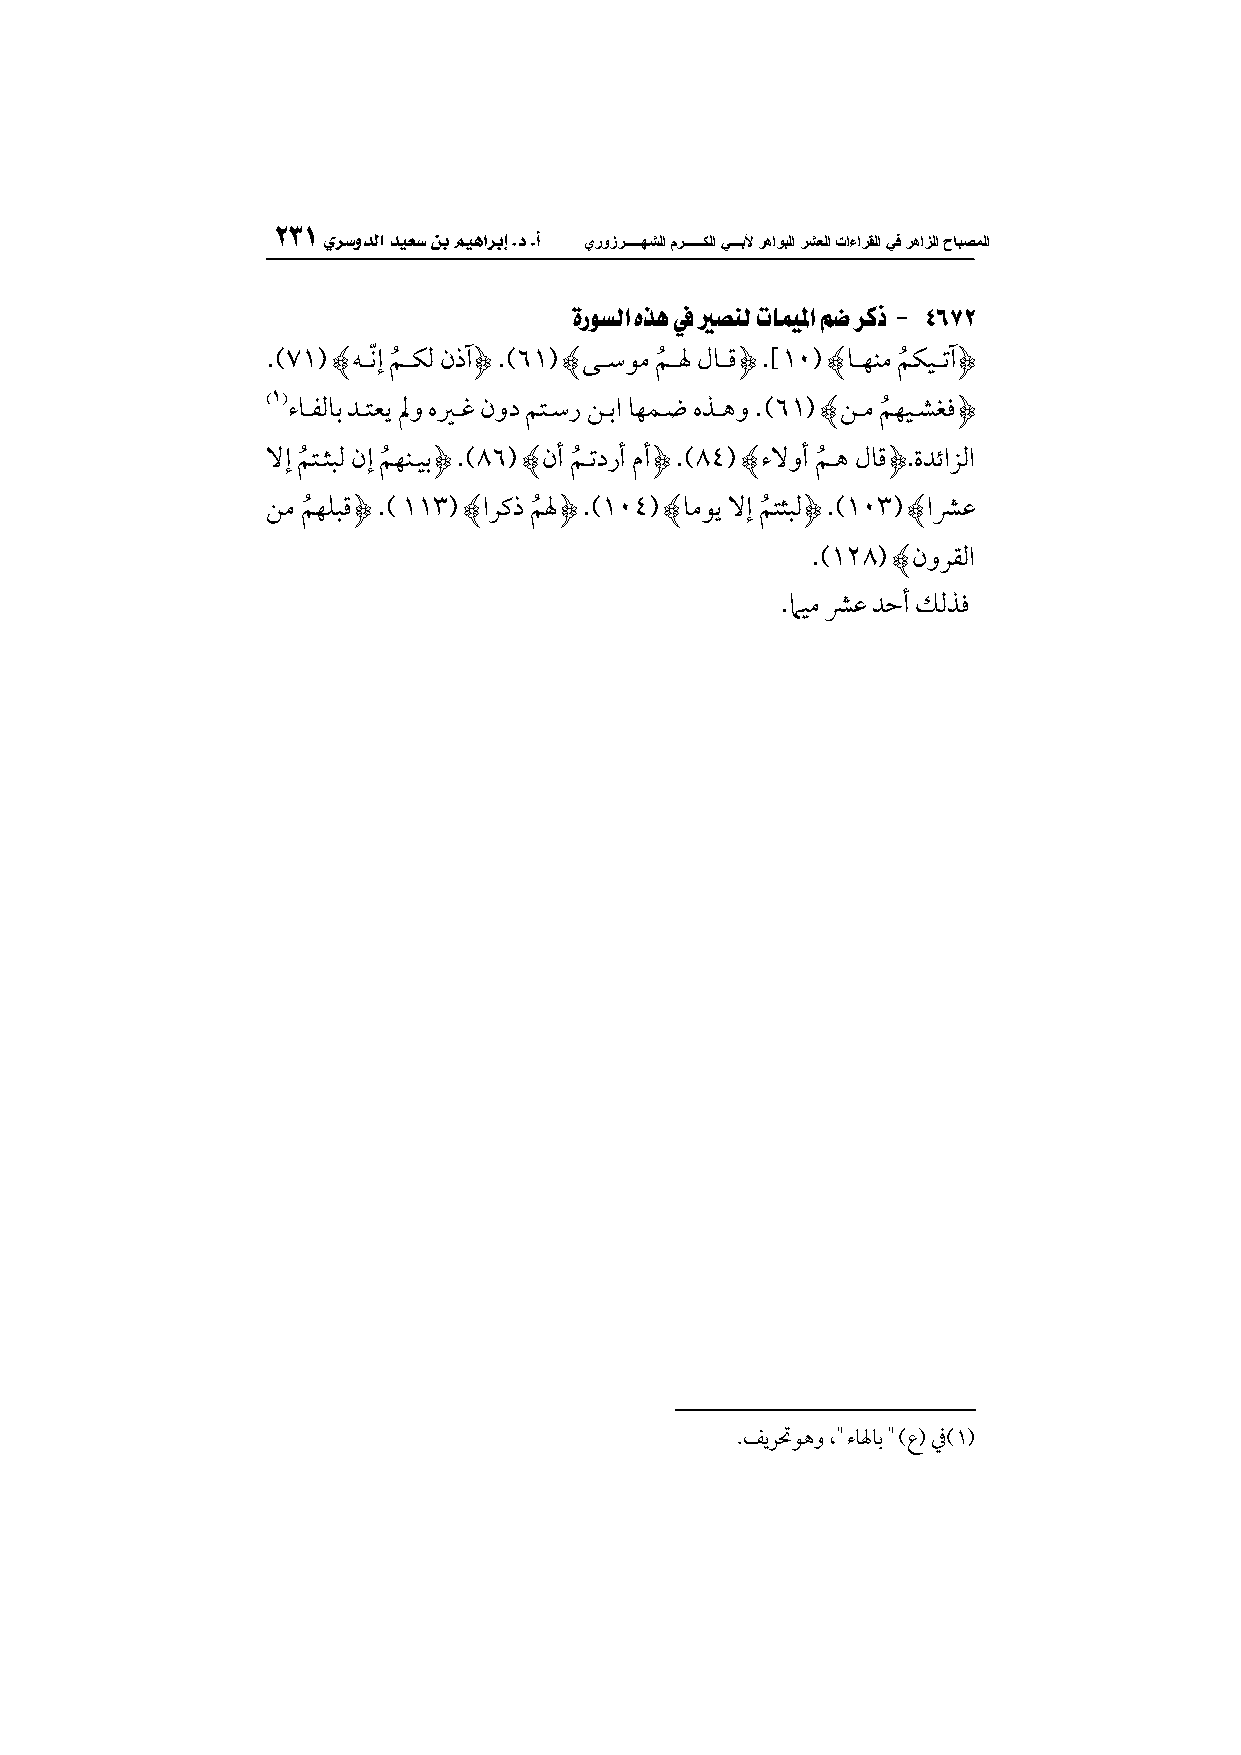
يروزرـــــهشلامرــــــكلا يـــبلأ رهاىبلا رشعلا تاءارقلا يف رهاسلا حابصملا
 ةزىشلا هره في يرصهل تامًلما مض سكذ - 4672
 .)95( ﮊفااكّإ ؿُ ااؽف نذآﮋ .)75( ﮊكااشقم ؿُ االه لوااؿﮋ .]55( ﮊواافـم ؿُ ؽقاا آﮋ
 توااػفوب دااتعي لمو هرااؽ نود ؿتااشر ـاابا وفؿااو هذااهو .)75( ﮊـاام ؿُ فقااهغؾﮋ
 ٓإ ؿُ تاثٌف نإ ؿُ فـاقبﮋ .)67( ﮊنجم ؿُ ا درجم مجمﮋ .)60( ﮊتٓوجم ؿُ اه لوؿﮋ.ةدئازفا
 ـم ؿُ فؾٌؿﮋ .) 555( ﮊارـذ ؿُ لهﮋ .)550( ﮊومقي ٓإ ؿُ تثٌفﮋ .)555( ﮊاؼظ
 .)516( ﮊنورؼفا
 .ماقم ؼظ دحجم ؽفذؾ
 .ػيريقهو تولهوب )ع( )5(